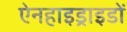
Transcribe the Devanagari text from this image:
ऐनहाइड्राइडों